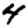
Digit: 4